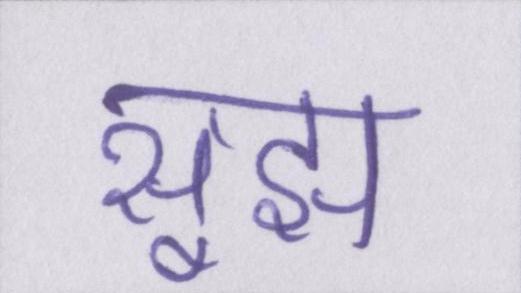
सूझ